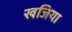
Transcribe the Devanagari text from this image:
खजिया